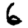
Digit: 6